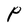
Character: P